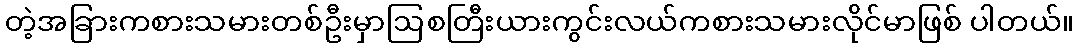
တဲ့အခြားကစားသမားတစ်ဦးမှာဩစတြီးယားကွင်းလယ်ကစားသမားလိုင်မာဖြစ် ပါတယ်။